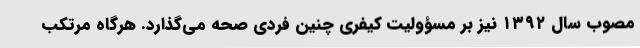
مصوب سال ۱۳۹۲ نیز بر مسؤولیت کیفری چنین فردی صحه می‌گذارد. هرگاه مرتکب